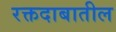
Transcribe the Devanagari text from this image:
रक्तदाबातील